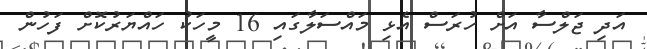
އަދި ޖަލްސާ އަށް ހުރަސް އެޅި މައްސަލާގައި 16 މީހަކު ހައްޔަރުކޮށް ފަހުން